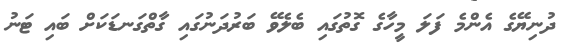
ދުނިޔޭގެ އެންމެ ފަލަ މީހާގެ ގޮތުގައި ބެލެވޭ ބަރުދަނުގައި ގާތްގަނޑަކަށް ބައި ޓަނު